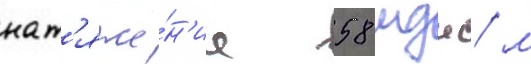
нат'яже́н'ие 58 мдж/ м